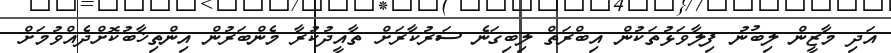
އަދި މާޒީން ލިބުނު ފިލާވަޅުތަކުން އިބްރަތް ލިބިގަނެ ސަރުކާރަށް ތާއީދުކުރާ މެންބަރުން އިންތިޚާބުކޮށްދެއްވުމަށް